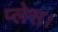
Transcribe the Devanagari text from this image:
प्‍लेस।